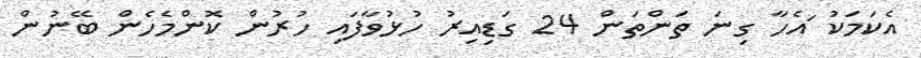
އެކަމަކު ައެހާ ގިނަ ތަންތަން 24 ގަޑިއިރު ހުޅުވާފައި ހުރުން ކޮންމެހެން ބޭނުން